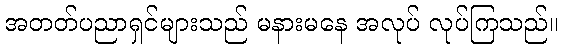
အတတ်ပညာရှင်များသည် မနားမနေ အလုပ် လုပ်ကြသည်။